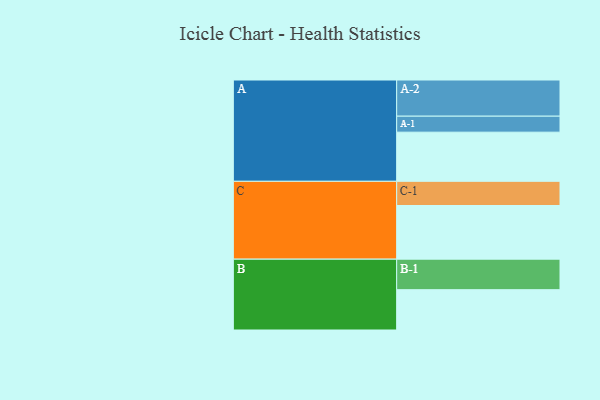
{"axis": {"x": "Segment", "y": "Value"}, "legend": ["", "A", "B", "C"], "data": [{"x": "A", "y": 390, "type": ""}, {"x": "B", "y": 320, "type": ""}, {"x": "C", "y": 426, "type": ""}, {"x": "A-1", "y": 127, "type": "A"}, {"x": "A-2", "y": 287, "type": "A"}, {"x": "B-1", "y": 242, "type": "B"}, {"x": "C-1", "y": 192, "type": "C"}]}